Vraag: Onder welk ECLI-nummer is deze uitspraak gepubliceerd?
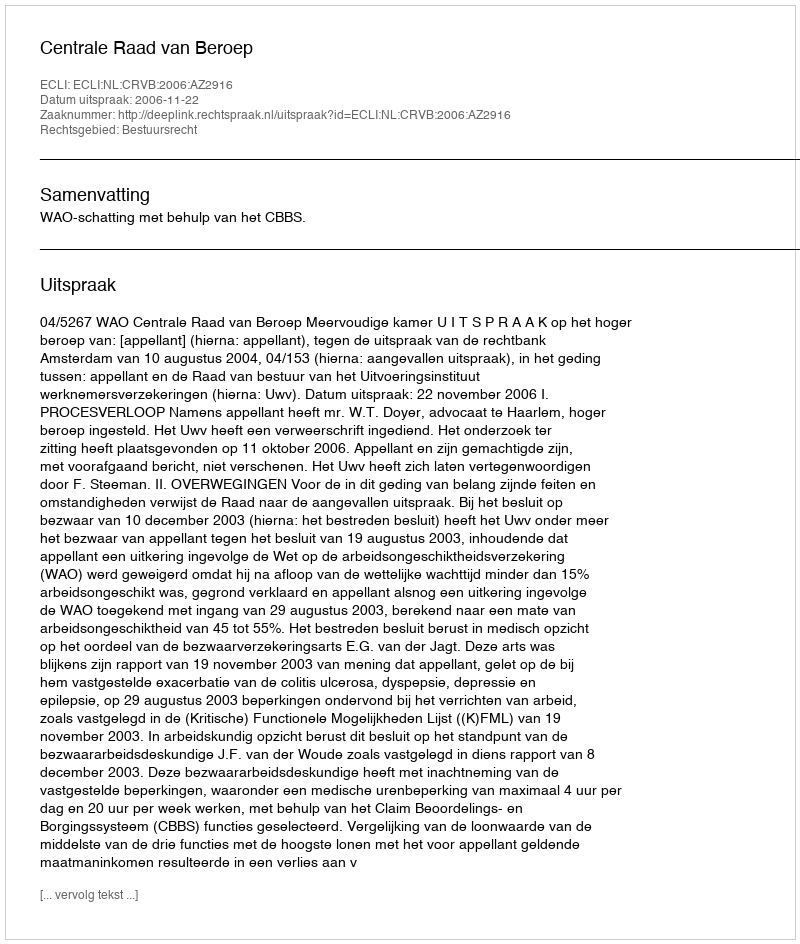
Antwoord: ECLI:NL:CRVB:2006:AZ2916